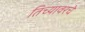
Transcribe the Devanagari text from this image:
तिच्यावरचे